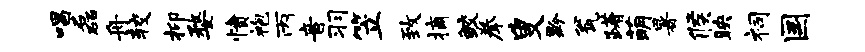
唱磊舟较抑婺愤袍丙音羽笠致摘鲛拳叟黔瓮躇萌暑候映祠国